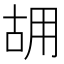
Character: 𠳫